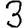
Digit: 3